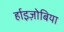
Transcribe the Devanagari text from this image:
र्हाइज़ोबिया